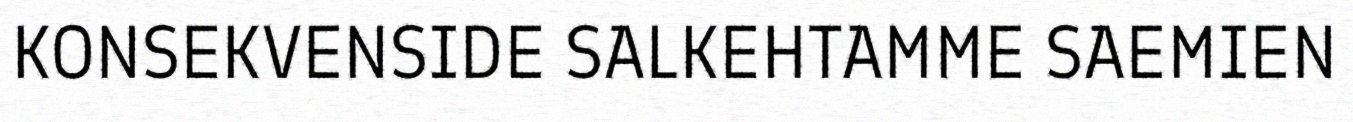
KONSEKVENSIDE SALKEHTAMME SAEMIEN